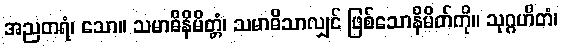
အညတရံ၊ သော။ သမာဓိနိမိတ္တံ၊ သမာဓိသာလျှင် ဖြစ်သောနိမိတ်ကို။ သုဂ္ဂဟိတံ၊